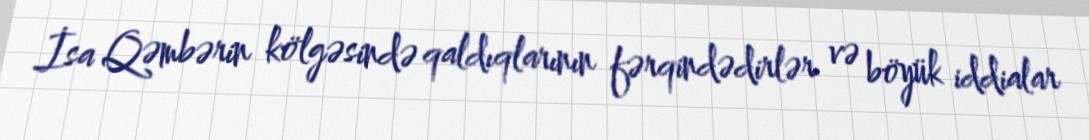
İsa Qəmbərin kölgəsində qaldıqlarının fərqindədirlər və böyük iddialar